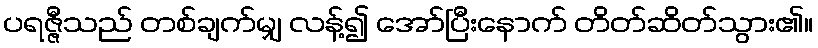
ပရဇ္ဇီသည် တစ်ချက်မျှ လန့်၍ အော်ပြီးနောက် တိတ်ဆိတ်သွား၏။